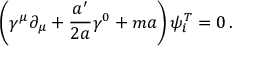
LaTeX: \left( \gamma ^ { \mu } \partial _ { \mu } + \frac { a ^ { \prime } } { 2 a } \gamma ^ { 0 } + m a \right) \psi _ { i } ^ { T } = 0 \, .